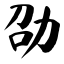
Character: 劭